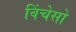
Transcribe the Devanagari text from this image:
विंचेसो